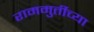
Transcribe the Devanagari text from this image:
राममुर्तीच्या